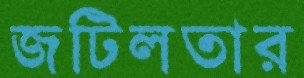
জটিলতার